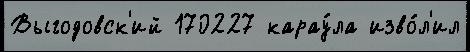
Выгодовск'ий 170227 карау́ла изво́л'ил